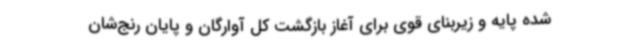
شده پایه و زیربنای قوی برای آغاز بازگشت کل آوارگان و پایان رنج‌شان